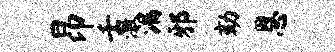
昂壬激漏邪劾恩